Civil Veterinary Dept. Bombay admin report 1914-1922 - 1914-1922
Year: 1914
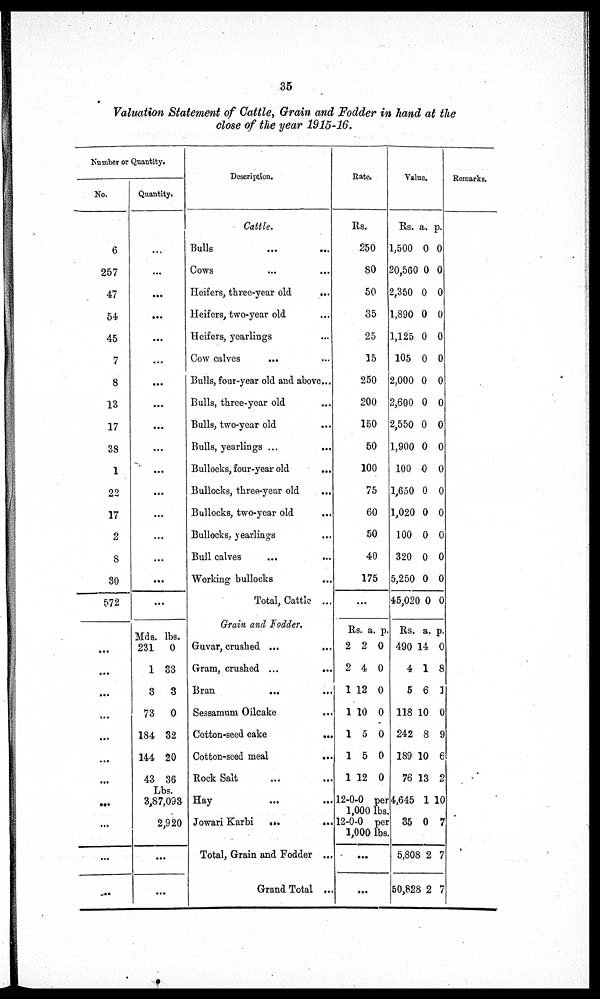
35
Valuation Statement of Cattle, Grain and Fodder in hand at the
close of the year 1915-16.
Number or Quantity.
No.
6
257
47
54
45
7
8
13
17
38
1
22
17
2
8
30
572
...
...
...
...
...
...
...
...
...
...
Quantity.
...
...
...
...
...
...
...
...
...
...
...
...
...
...
...
...
...
Mds.
231
1
3
73
184
144
43
1bs.
0
33
3
0
32
20
36
Lbs.
3,87,093
2,920
...
...
Description.
Cattle.
Bulls ... ...
Cows ... ...
Heifers, three-year old ... ...
Heifers, two-year old . ...
Heifers, yearlings ...
Cow calves ... ...
Bulls, four-year old and above ...
Bulls, three-year old ...
Bulls, two-year old ...
Bulls, yearlings ... ...
Bullocks, four-year old
...
Bullocks, three-year old ...
Bullocks, two-year old ...
Bullocks, yearlings ...
Bull calves ... ...
Working bullocks ...
Total, Cattle ...
Grain and Fodder.
Guvar, crushed . ... ..... ...
Gram, crushed
...
...
Bran ... ...
Sessamum Oilcake . ...
Cotton-seed cake
...
Cotton-seed meal ...
Rock Salt ... ...
Hay ... ...
Jowari Karbi
...
...
Total, Grain and Fodder ...
Grand Total ...
Rate.
Rs.
250
80
50
35
25
15
250
200
150
50
100
75
60
50
40
175
...
Rs.
2
2
1
1
1
1
1
a.
2
4
12
10
5
5
12
p.
0
0
0
0
0
0
0
12-0-0 per
1,000 lbs.
12-0-0 per
1,000 lbs.
...
...
Value.
Rs.
1,500
20,560
2,350
1,890
1,125
105
2,000
2,600
2,550
1,900
100
1,650
1,020
100
320
5,250
45,020
Rs.
490
4
5
118
242
189
76
4,645
35
5,808
50,828
a.
0
0
0
0
0
0
0
0
0
0
0
0
0
0
0
0
0
a.
14
1
6
10
8
10
13
1
0
2
2
p.
0
0
0
0
0
0
0
0
0
0
0
0
0
0
0
0
0
p.
0
8
1
0
9
6
2
10
7
7
7
Remarks.